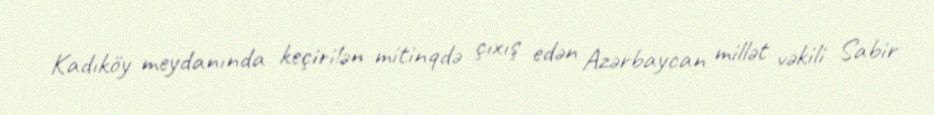
Kadıköy meydanında keçirilən mitinqdə çıxış edən Azərbaycan millət vəkili Sabir